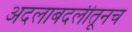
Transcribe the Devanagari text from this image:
अदलाबदलीतूनच